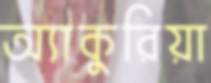
অ্যাকুরিয়া